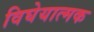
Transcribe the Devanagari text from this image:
विघेयात्मक